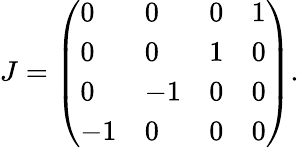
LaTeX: J=\left(\begin{array}{llll}{{0}}&{{0}}&{{0}}&{{1}}\\ {{0}}&{{0}}&{{1}}&{{0}}\\ {{0}}&{{-1}}&{{0}}&{{0}}\\ {{-1}}&{{0}}&{{0}}&{{0}}\end{array}\right).